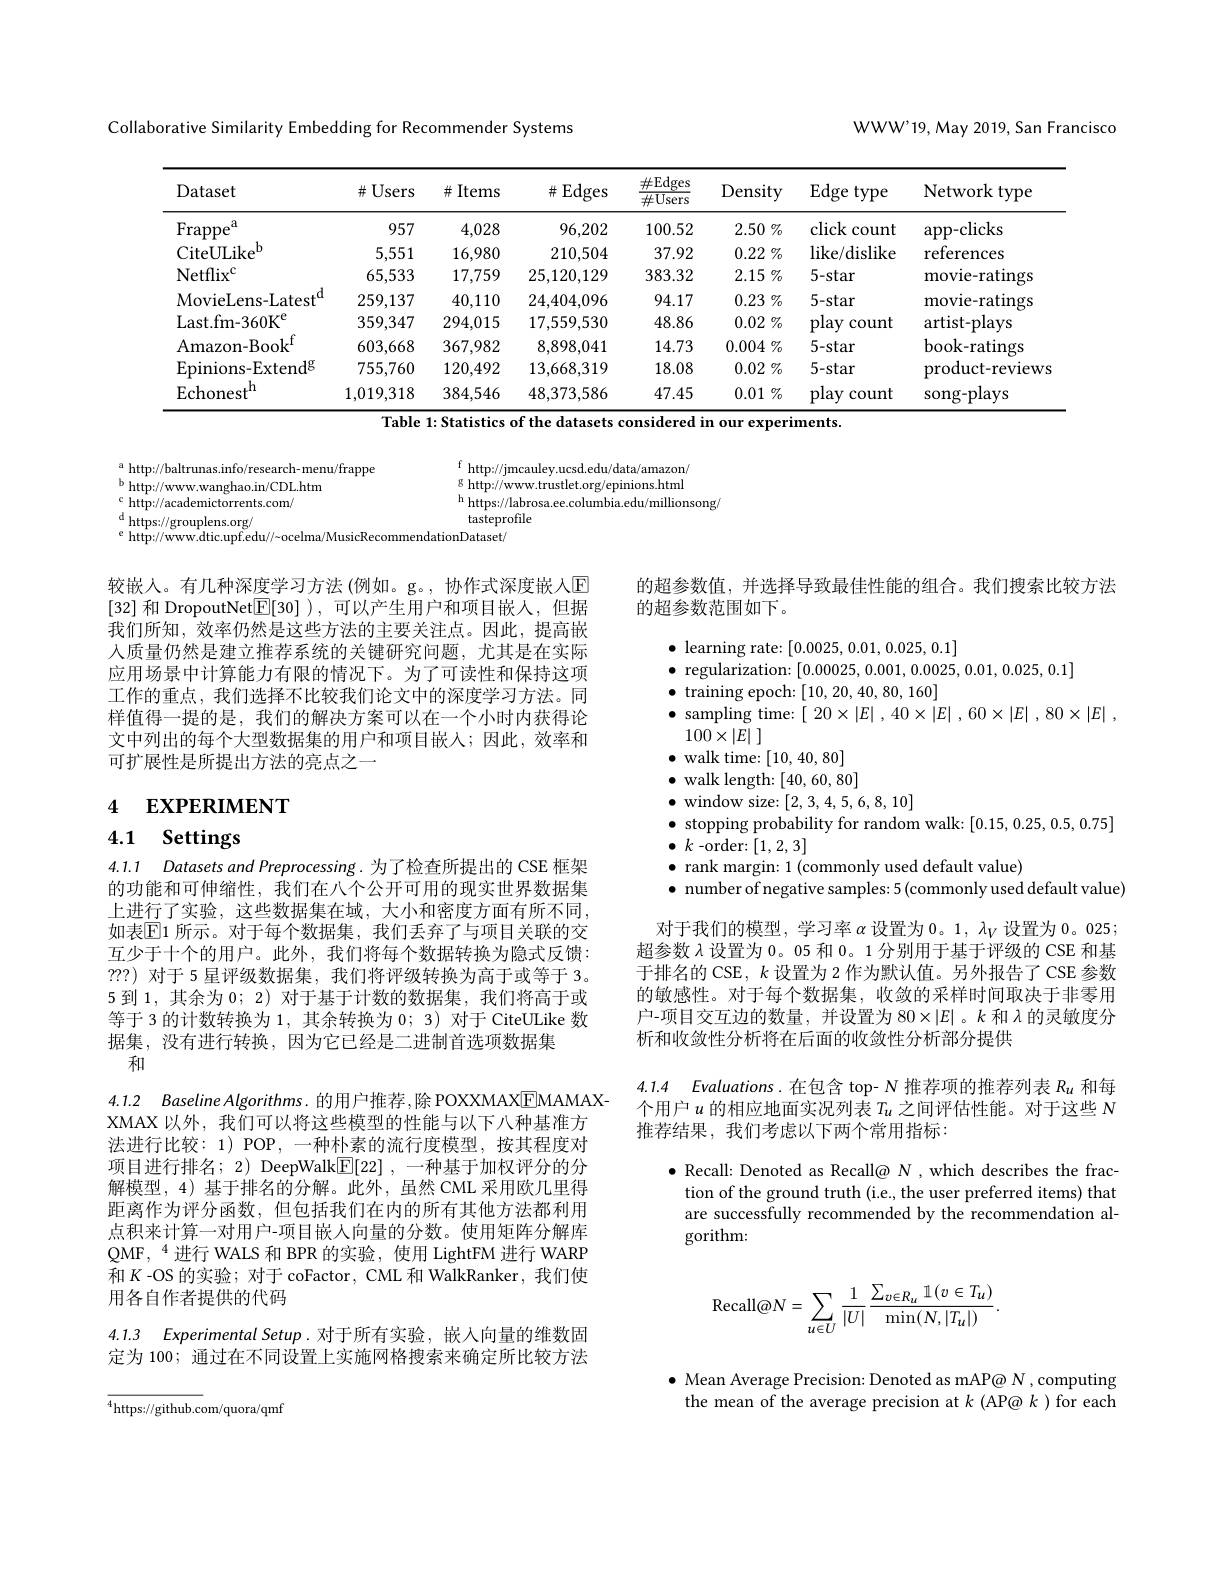
Collaborative Similarity Embedding for Recommender Systems

WWW'19, May 2019, San Francisco

<table>
	<tbody>
		<tr>
			<th>Dataset</th>
			<th>$\#$Users</th>
			<th>$\#$ Items</th>
			<th>$\#$Edges</th>
			<th>$\#$Edges $\#$Users</th>
			<th>Density</th>
			<th>$\operatorname{Edge}$type</th>
			<th>Network type</th>
		</tr>
		<tr>
			<td>$\mathrm{Frappe}^{i}$ A</td>
			<td>957</td>
			<td>4,028</td>
			<td>96,202</td>
			<td>100.52</td>
			<td>$2.50\%$</td>
			<td>click count</td>
			<td>app- clicks</td>
		</tr>
		<tr>
			<td>CiteULik$e^{b}$</td>
			<td>5,551</td>
			<td>16,980</td>
			<td>210,504</td>
			<td>37.92</td>
			<td>$0.22\%$</td>
			<td>like/ dislike</td>
			<td>references</td>
		</tr>
		<tr>
			<td>$\mathrm{Netflix}^{\mathrm{c}}$</td>
			<td>65,533</td>
			<td>17,759</td>
			<td>25,120,129</td>
			<td>383.32</td>
			<td>$2.15\%$</td>
			<td>$5-star$</td>
			<td>movie- ratings</td>
		</tr>
		<tr>
			<td>MovieLens- Latest 1</td>
			<td>259,137</td>
			<td>40,110</td>
			<td>24,404,096</td>
			<td>94.17</td>
			<td>0.23 $\%$</td>
			<td>$5-star$</td>
			<td>movie- ratings</td>
		</tr>
		<tr>
			<td>$\mathrm{Last.fm-360K}^{\mathrm{e}}$</td>
			<td>359,347</td>
			<td>294,015</td>
			<td>17,559,530</td>
			<td>48.86</td>
			<td>$0.02\%$</td>
			<td>play count</td>
			<td>artist- plays</td>
		</tr>
		<tr>
			<td>Amazon- Boo$k^{t}$</td>
			<td>603,668</td>
			<td>367,982</td>
			<td>8,898,041</td>
			<td>14.73</td>
			<td>$0.004\%$</td>
			<td>$5-star$</td>
			<td>book-ratings</td>
		</tr>
		<tr>
			<td>Epinions- Exten$d^{g}$</td>
			<td>755,760</td>
			<td>120,492</td>
			<td>13,668,319</td>
			<td>18.08</td>
			<td>$0.02\%$</td>
			<td>$5-star$</td>
			<td>product-reviews</td>
		</tr>
		<tr>
			<td>$\mathrm{Echonest}^{\mathrm{h}}$</td>
			<td>1,019,318</td>
			<td>384,546</td>
			<td>48,373,586</td>
			<td>47.45</td>
			<td>$0.01\%$</td>
			<td>play count</td>
			<td>song-plays</td>
		</tr>
	</tbody>
</table>
${\frac{\text{Table 1: Statistics of the datasets considered in our experiments.}}}$

$^{\mathrm{a}}$ http://baltrunas.info/research- menu/frappe
f http: / / jmcauley. ucsd. edu/ data/ amazon/ g http: / / www. trustlet. org/ epinions. htm
b http://www.wanghao.in/CDL.htm
$\overset{\mathrm{c}}{\operatorname*{\operatorname*{http://academictorrents.com/}}}$
$\begin{aligned}\mathrm{h~https://labrosa.ee.columbia.edu/millionsong}\\\mathrm{tasteprofile}\end{aligned}$
$\overset{\mathrm{d}}{\operatorname*{\operatorname*{\operatorname*{\operatorname*{https:}}}}//\mathrm{grouplens.org/}}$
$^{\text{e http://www.dtic.upf.edu//{\sim}\mathrm{ocelma/MusicRecommendationDataset/}}}$

的超参数值，并选择导致最佳性能的组合。我们搜索比较方法
的超参数范围如下。

较嵌人。有几种深度学习方法 (例如。g。,协作式深度嵌入$\mathbb{E}$ [32]和 DropoutNet$\boxed{\mathbb{E}}[30]$ ),可以产生用户和项目嵌入，但据我们所知，效率仍然是这些方法的主要关注点。因此，提高嵌人质量仍然是建立推荐系统的关键研究问题，尤其是在实际应用场景中计算能力有限的情况下。为了可读性和保持这项工作的重点，我们选择不比较我们论文中的深度学习方法。同样值得一提的是，我们的解决方案可以在一个小时内获得论文中列出的每个大型数据集的用户和项目嵌入；因此，效率和可扩展性是所提出方法的亮点之一

$\bullet$ learning rate: [0.0025,0.01,0.025,0.1]
$\bullet$ regularization: [0.00025,0.001,0.0025,0.01,0.025,0.1]
$\bullet$ training epoch:[10,20,40,80,160]
$\bullet$ sampling time:$\left[\begin{array}{c}20\times\left|E\right|,40\times\left|E\right|,60\times\left|E\right|,80\times\left|E\right|,\end{array}\right]$
$100\times \left | E\right |$ ]
$\bullet$ walk time: [10,40,80] $\bullet$ walk length: [40,60,80] $\bullet$ window size: [2,3,4,5,6,8,10]
$\bullet$ stopping probability for random walk: [0.15,0.25,0.5,0.75]
$\bullet$ $k$ -order:[1,2,3]
$\bullet$ rank margin: 1 (commonly used default value)
$\bullet$ number of negative samples: 5 (commonly used default value)

# 4 EXPERIMENT

4.1 Settings

4.1.1 $DatasetsandPreprocessing.$为了检查所提出的 CSE 框架的功能和可伸缩性，我们在八个公开可用的现实世界数据集上进行了实验，这些数据集在域，大小和密度方面有所不同， 如表$\boxed{\mathrm{E}}$1 所示。对于每个数据集，我们丢弃了与项目关联的交互少于十个的用户。此外，我们将每个数据转换为隐式反馈： ???)对于 5 星评级数据集，我们将评级转换为高于或等于 3。5 到 1,其余为0；2) 对于基于计数的数据集，我们将高于或等于 3 的计数转换为 1 , 其余转换为 0 ; 3) 对于 CiteULike 数据集，没有进行转换，因为它已经是二进制首选项数据集
和

对于我们的模型，学习率$\alpha$设置为 0。1, $\lambda_V$设置为 0。025; 超参数$\lambda$设置为0。05 和0。1 分别用于基于评级的 CSE 和基于排名的 CSE, $k$设置为 2 作为默认值。另外报告了 CSE 参数的敏感性。对于每个数据集，收敛的采样时间取决于非零用户-项目交互边的数量，并设置为 80$\times|E|$。$k$和$\lambda$的灵敏度分析和收敛性分析将在后面的收敛性分析部分提供

4.1.4 Evaluations.在包含 top- N 推荐项的推荐列表$R_u$和每

个用户$u$的相应地面实况列表$T_u$之间评估性能。对于这些$N$
推荐结果，我们考虑以下两个常用指标：

4.1.2 $BaselineAlgorithms.$ 的用户推荐，除 POXXMAX[EMAMAX-
XMAX 以外，我们可以将这些模型的性能与以下八种基准方法进行比较：1) POP, 一种朴素的流行度模型，按其程度对项目进行排名；2) DeepWalk$\underline{\mathrm{E}}[22]$ ,一种基于加权评分的分解模型，4) 基于排名的分解。此外，虽然 CML 采用欧几里得距离作为评分函数，但包括我们在内的所有其他方法都利用点积来计算一对用户-项目嵌入向量的分数。使用矩阵分解库QMF,“$^{4}$进行 WALS 和 BPR 的实验，使用 LightFM 进行 WARP 和$K$ -OS 的实验；对于 coFactor, CML 和 WalkRanker, 我们使用各自作者提供的代码

$\bullet$ Recall: Denoted as Recall@ N,which describes the fraction of the ground truth (i.e., the user preferred items) that are successfully recommended by the recommendation algorithm:
$$\mathrm{Recall}@N=\sum_{u\in U}\frac{1}{|U|}\frac{\sum_{v\in R_{u}}\mathbb{1}(v\in T_{u})}{\min(N,|T_{u}|)}.$$
4.1.3 Experimental Setup.对于所有实验，嵌人向量的维数固定为 100; 通过在不同设置上实施网格搜索来确定所比较方法

$\bullet$ Mean Average Precision: Denoted as mAP@ N , computing the mean of the average precision at $k$ (AP@ $k$ )for each

${\overline{{^4}\mathrm{https://github.com/quora/qmf}}}$